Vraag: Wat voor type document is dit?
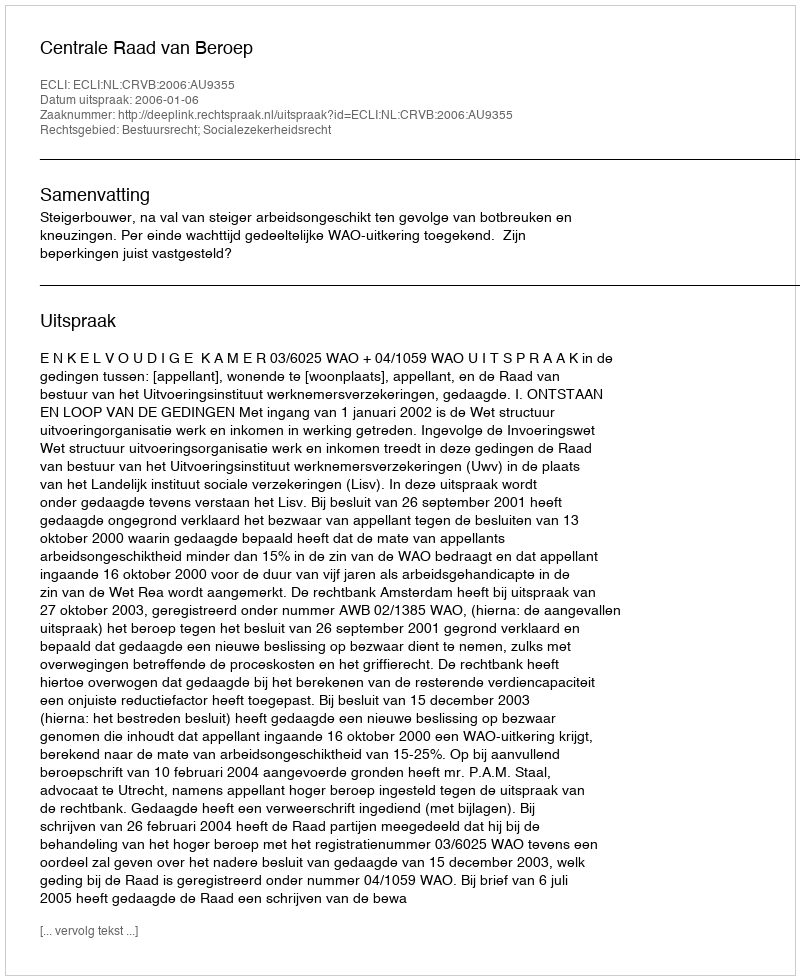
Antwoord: Uitspraak